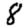
Digit: 8